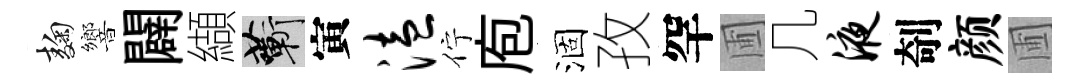
麹響闢纈蔪寅溘佇庖涸孜罕圃几液剞颜圃